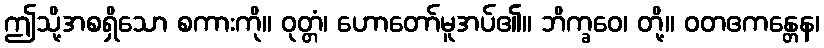
ဤသို့အစရှိသော စကားကို။ ဝုတ္တံ၊ ဟောတော်မူအပ်၏။ ဘိက္ခဝေ၊ တို့။ ဝတဧကန္တေန၊